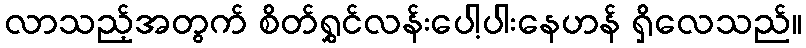
လာသည့်အတွက် စိတ်ရွှင်လန်းပေါ့ပါးနေဟန် ရှိလေသည်။